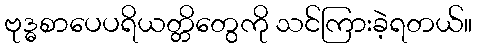
ဗုဒ္ဓစာပေပရိယတ္တိတွေကို သင်ကြားခဲ့ရတယ်။